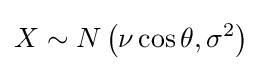
X\sim N\left(\nu \cos \theta ,\sigma ^{2}\right)